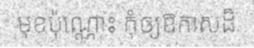
មុខប៉ុណ្ណោះ កុំឲ្យឱកាសដ៏